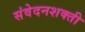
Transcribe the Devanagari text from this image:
संवेदनशक्ती